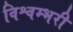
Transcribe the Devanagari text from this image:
विश्वम्भरी